Civil Veterinary Department Bengal reports 1923-33 - 1923-1933
Year: 1923
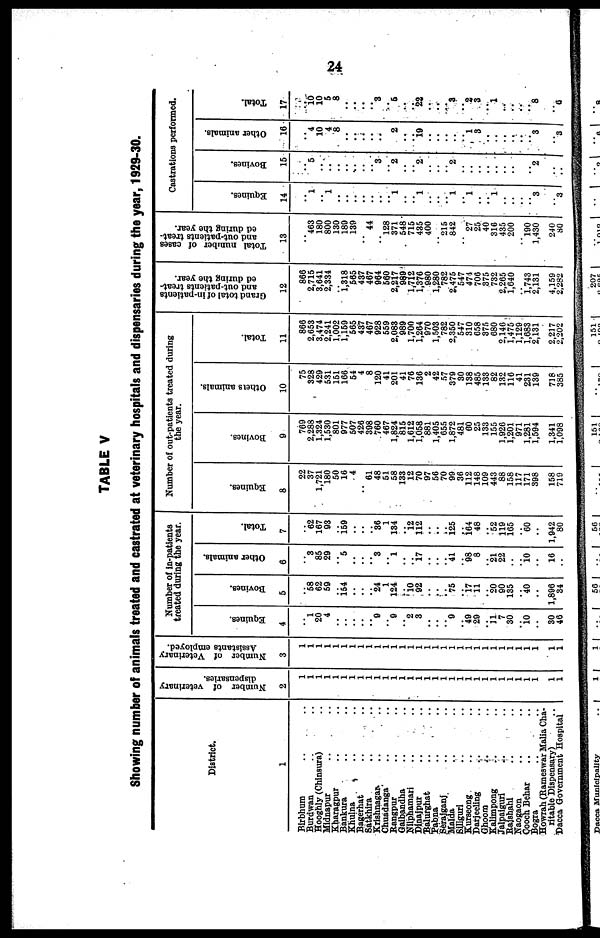
24
TABLE V
Showing number of animals treated and castrated at veterinary hospitals and dispensaries during the year, 1929-30.
District.
1
Birbhum .. ..
Burdwan .. ..
Hooghly (Chinsura) ..
Midnapur .. ..
Kharagpur .. ..
Bankura .. ..
Khulna .. ..
Bagerhat .. ..
Satkhira .. ..
Krishnagar .. ..
Chuadanga .. ..
Rangpur .. ..
Gaibandha .. ..
Nilphamari .. ..
Dinajpur .. ..
Balurghat .. ..
Pabna .. ..
Serajganj .. ..
Malda .. ..
Siliguri .. ..
Kurseong .. ..
Darjeeling .. ..
Ghoom
..
..
Kalimpong .. ..
Jalpaiguri .. ..
Rajshahi .. ..
Naogaon .. ..
Cooch Behar .. ..
Bogra .. ..
Howrah (Rameswar Malia Cha-
ritable Dispensary) ..
Dacca Government Hospital
Number of veterinary
dispensaries.
2
1
1
1
1
1
1
1
1
1
1
1
1
1
1
1
1
1
1
1
1
1
1
1
1
1
1
1
1
1
1
1
1
Number of Veterinary
Assistants employed.
3
1
1
1
1
1
1
1
1
1
1
1
1
1
1
1
1
1
1
1
1
1
1
1
1
1
1
1
1
1
1
1
1
Number of in-patients
treated during the year.
Equines.
4
..
1
20
4
..
..
..
..
.. 9
.. 9
.. 2
3
..
..
.. 9
.. 49
20
.. 11 7
30
.. 10
..
.. 30
46
Bovines.
5
..
58
62
50
.. 154
..
.. 24
1
124
..
10
92
..
..
75
.. 17 11
.. 20
90
135
.. 40
..
.. 1,896
34
Other animals.
6
..
3
85
29
.. 5
..
..
3
.. 1
..
17
..
..
.. 41
.. 98
8
.. 21
22
..
.. 10
..
.. 16
..
Total.
7
..
62
167
93
.. 159
..
..
.. 36
1
134
12
112
..
..
.. 125
..
164
48
.. 52
119
165
.. 60
..
.. 1,942
80
Number of out-patients treated during
the year.
Equines.
8
22
37
1,721
180
50
16
4
..
61
48
51
58
133
12
70
97
56
70
09
36
112
148
109
443
88
158
117
171
398
..
158
719
Bovines.
9
709
2,288
1,324
1,530
801
977
507
426
398
760
467
1,824
815
1,612
1,058
881
1,405
655
1,872
481
60
25
133
155
1,926
1,201
971
1,281
1,594
.. 1.341
1.098
Others animals.
10
75
328
429
531
151
166
54
4
8
120
41
201
41
76
136
2
42
57
370
30
138
485
133
82
132
116
41
231
139
.. 718
385
Total.
11
866
2,653
3,474
2,241
1,002
1,150
565
437
467
928
550
2,083
989
1.700
1,264
970
1.503
782
2,350
547
310
658
375
680
2,146
1,475
1,129
1,683
2,131
.. 2, 217
2,202
Grand total of Inpatients
and out-patients treat-
ed during the year.
12
866
2,715
3,641
2,334
.. 1,318
565
437
467
964
560
2,217
989
1,712
1,376
980
1,280
782
2.475
547
471
706
375
732
2,265
1,640
.. 1,743
2,131
.. 4.1.10
2,282
Total number
of cases
and out-patients treat-
ed during the year.
13
..
463
180
800
130
189
130
..
44
.. 128
371
548
715
435
400
..
215
842
..
27
25
40
316
435
200
..
190
1,430
.. 240
80
Castrations performed.
Equines.
14
..
1
.. 1
..
..
..
..
..
..
.. 1
..
.. 1
..
..
.. 1
.. 1
..
.. 1
..
..
..
.. 3
..
.. 3
Bovines.
15
..
5
..
..
..
..
..
..
.. 3
.. 2
..
.. 2
..
..
.. 2
..
..
..
..
..
..
..
..
.. 2
..
..
..
Other animals.
16
..
4
10
4
8
..
..
..
.. ..
.. 2
..
19
..
..
..
..
.. 1
3
..
..
..
..
..
.. 3
..
.. 3
Total.
17
..
10
10
6
8
..
..
..
.. 3
.. 6
..
.. 22
..
..
.. 3
.. 2 3
.. 1
..
..
..
.. 8
..
.. 6